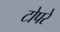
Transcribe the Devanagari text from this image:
टोपरे